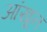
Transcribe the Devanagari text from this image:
आंखून